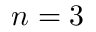
n = 3